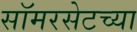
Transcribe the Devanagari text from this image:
सॉमरसेटच्या